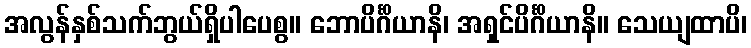
အလွန်နှစ်သက်ဘွယ်ရှိပါပေစွ။ ဘောပိင်္ဂိယာနိ၊ အရှင်ပိင်္ဂိယာနိ။ သေယျထာပိ၊